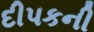
દીપકની